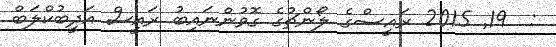
:  19